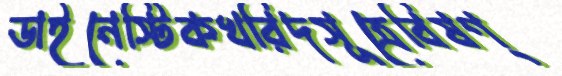
ডাইনেস্টিকখরিদসূত্রেবিষণ্